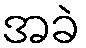
အခဲ